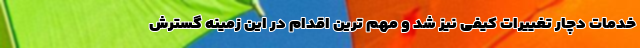
خدمات دچار تغییرات کیفی نیز شد و مهم ترین اقدام در این زمینه گسترش